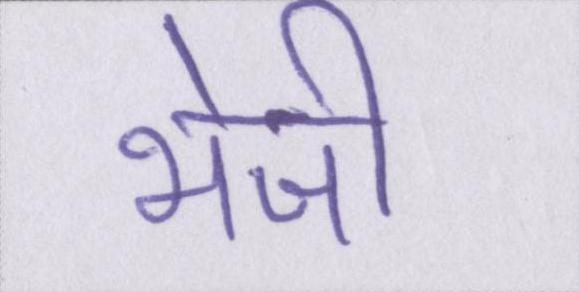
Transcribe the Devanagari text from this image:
भेजी